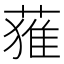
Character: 𮐴